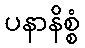
ပနာနိစ္စံ